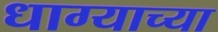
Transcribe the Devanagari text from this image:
धाग्याच्या